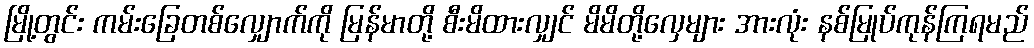
မြို့တွင်း ကမ်းခြေတစ်လျှောက်ကို မြန်မာတို့ စီးမိထားလျှင် မိမိတို့လှေများ အားလုံး နစ်မြုပ်ကုန်ကြရမည်